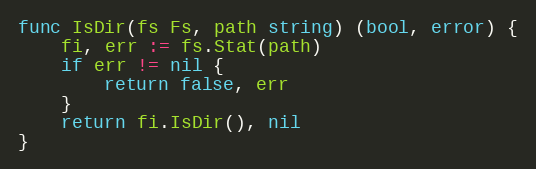
Language: Go
func IsDir(fs Fs, path string) (bool, error) {
	fi, err := fs.Stat(path)
	if err != nil {
		return false, err
	}
	return fi.IsDir(), nil
}